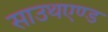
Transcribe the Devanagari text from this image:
साउथएण्ड